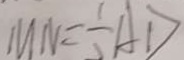
M N = \frac { 1 } { 2 } A D